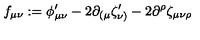
f _ { \mu \nu } : = \phi _ { \mu \nu } ^ { \prime } - 2 \partial _ { ( \mu } \zeta _ { \nu ) } ^ { \prime } - 2 \partial ^ { \rho } \zeta _ { \mu \nu \rho }